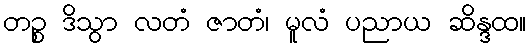
တဉ္စ ဒိသွာ လတံ ဇာတံ၊ မူလံ ပညာယ ဆိန္ဒထ။